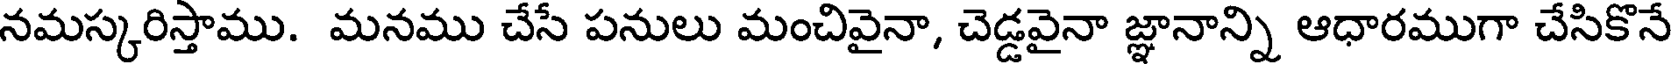
నమస్కరిస్తాము. మనము చేసే పనులు మంచివైనా, చెడ్డవైనా జ్ఞానాన్ని ఆధారముగా చేసికొనే